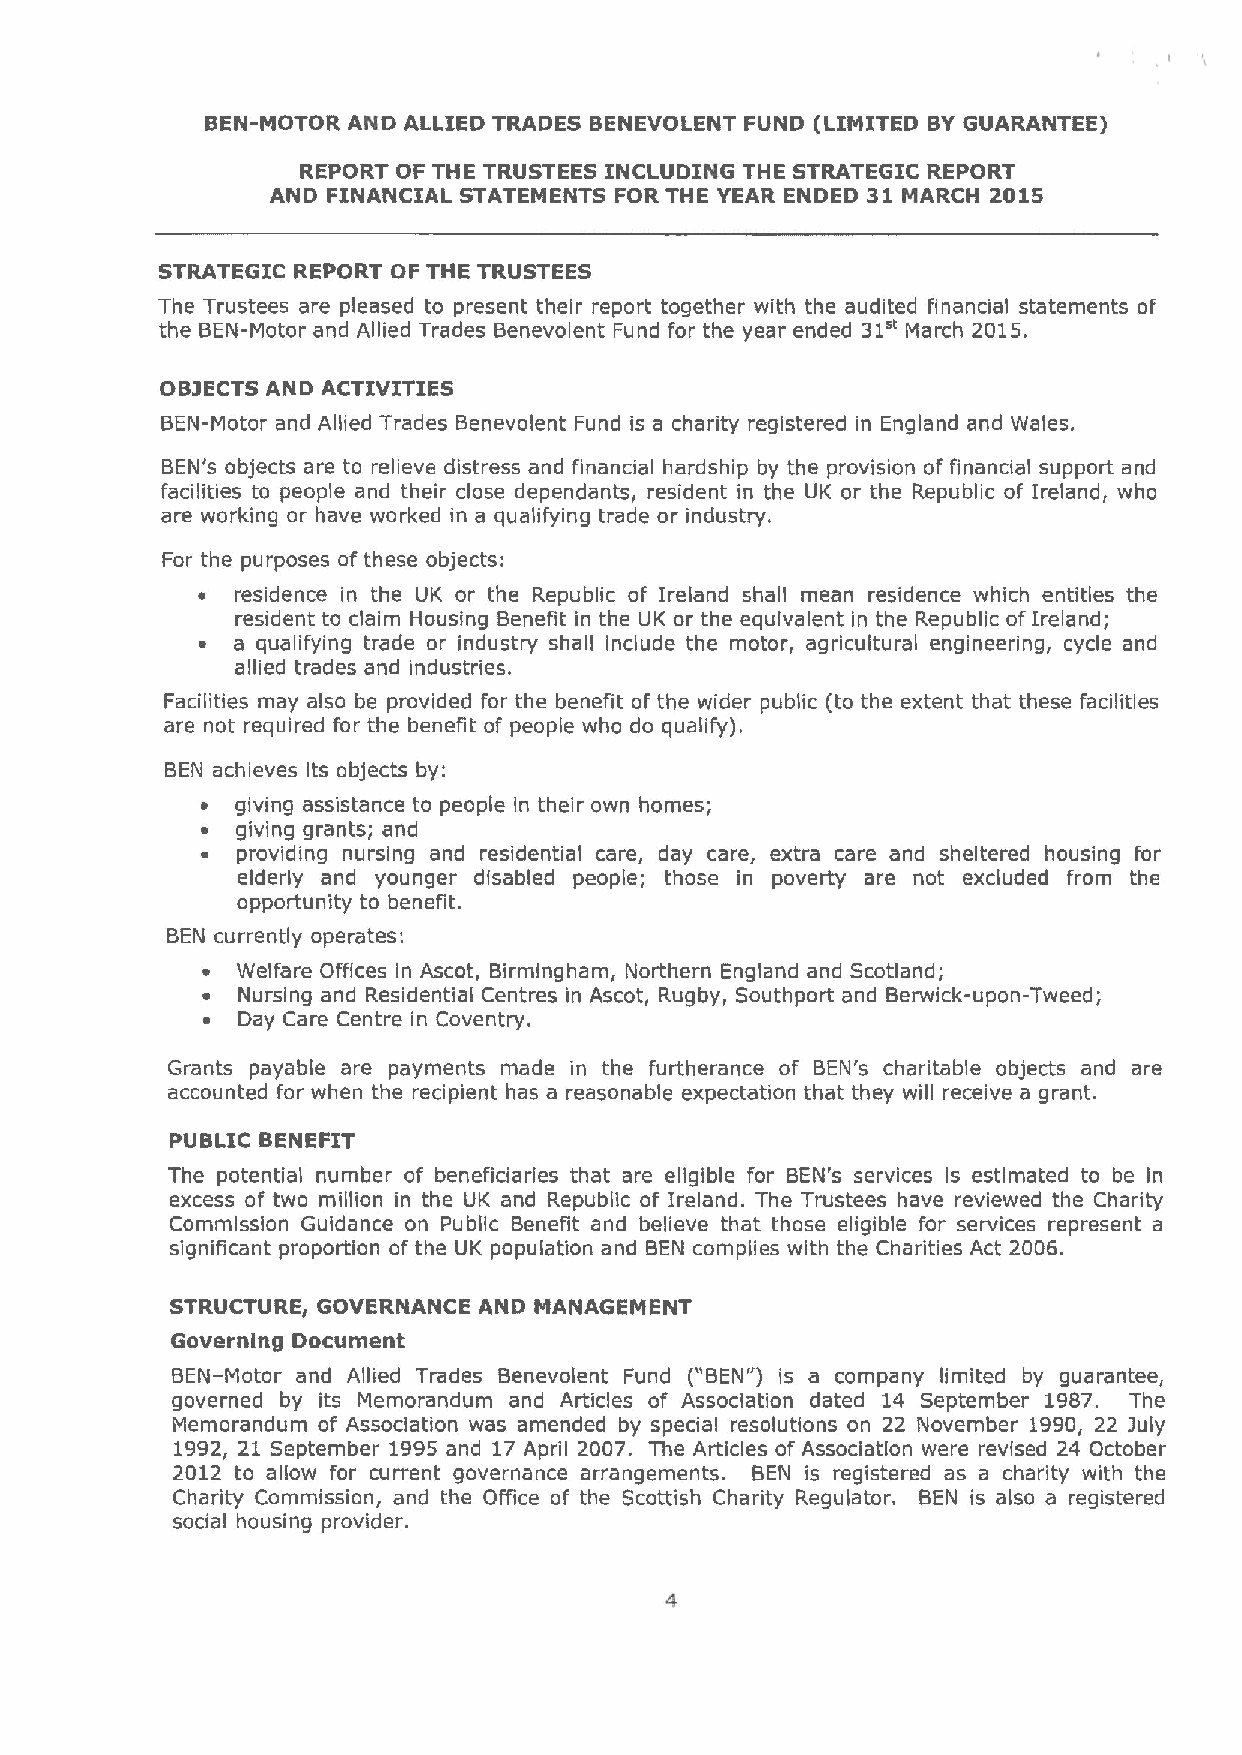
BEN-MOTOR AND ALLIED TRADES BENEVOLENT FUND (LIMITED BYGUARANTEE)
 REPORT OF THE TRUSTEES INCLUDING THE STRATEGIC REPORT
 AND FINANCIAL STATEMENTS FOR THE YEAR ENDED 31 MARCH 2015
 STRATEGIC REPORT OF THE TRUSTEES
 The Trustees are pleased to present their report together with the audited financial statements of
 the BEN-Motor and Allied Trades Benevolent Fund for the year ended 31" March 2015.
 083ECTSAND ACTIVITIES
 BEN-Motor and Allied Trades Benevolent Fund is a charity registered in England and Wales.
 BEN's objects are to relieve distress and financial hardship by the provision of financial support and
 facilities to people and their close dependants, resident in the UK or the Republic of Ireland, who
 are working or have worked in a qualifying trade or industry.
 For the purposes of these objects:
 ~  residence in the UK or the Republic of Ireland shall mean residence which entitles the
 resident to claim Housing Benefit in the UK or the equivalent in the Republic ofIreland;
 ~ a qualifying trade or industry shall include the motor, agricultural engineering, cycle and
 allied trades and industries.
 Facilities may also be provided for the benefit of the wider public (to the extent that these facilities
 are not required for the benefit of people who do qualify).
 BEN achieves its objects by:
 ~  giving assistance to people in their own homes;
 ~  giving grants; and
 ~  providing nursing and residential care, day care, extra care and sheltered housing for
 elderly and younger disabled people; those in poverty are not excluded from the
 opportunity to benefit.
 BEN currently operates:
 ~  Welfare Offices in Ascot, Birmingham, Northern England and Scotland;
 ~  Nursing and Residential Centres in Ascot, Rugby, Southport and Berwick-upon-Tweed;
 ~  Day Care Centre in Coventry.
 Grants payable are payments made in the furtherance of BEN's charitable objects and are
 accounted for when the recipient has a reasonable expectation that they will receive a grant.
 PUBLIC BENEFIT
 The potential number of beneficiaries that are eligible for BEN's services is estimated to be in
 excess of two million in the UK and Republic of Ireland. The Trustees have reviewed the Charity
 Commission Guidance on Public Benefit and believe that those eligible for services represent a
 significant proportion of the UK population and BEN complies with the Charities Act 2006.
 STRUCTURE, GOVERNANCE AND MANAGEMENT
 Governing Document
 BEN-Motor and Allied Trades Benevolent Fund ("BEN") is a company limited by guarantee,
 governed by its Memorandum and Articles of Association dated 14 September 1987. The
 Memorandum of Association was amended by special resolutions on 22 November 1990, 22 july
 1992, 21 September 1995and 17 April 2007. The Articles of Association were revised 24 October
 2012 to allow for current governance arrangements. BEN is registered as a charity with the
 Charity Commission, and the Office of the Scottish Charity Regulator. BEN is also a registered
 social housing provider.